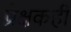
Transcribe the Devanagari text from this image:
प्रेक्षकही